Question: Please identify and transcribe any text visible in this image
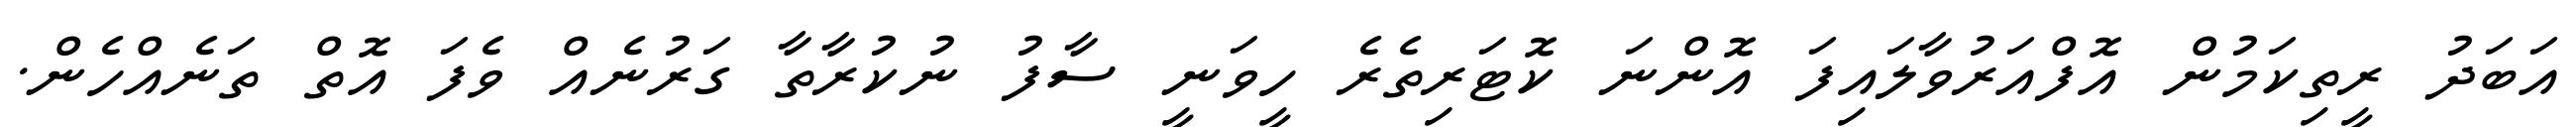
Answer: އަބަދު ރީތިކަމުން އޮފްއަރުވާލައިފަ އޮންނަ ކޮޓަރިތެރެ ހީވަނީ ސާފު ނުކުރާތާ ގަރުނެއް ވެފަ އޮތް ތަނެއްހެން.